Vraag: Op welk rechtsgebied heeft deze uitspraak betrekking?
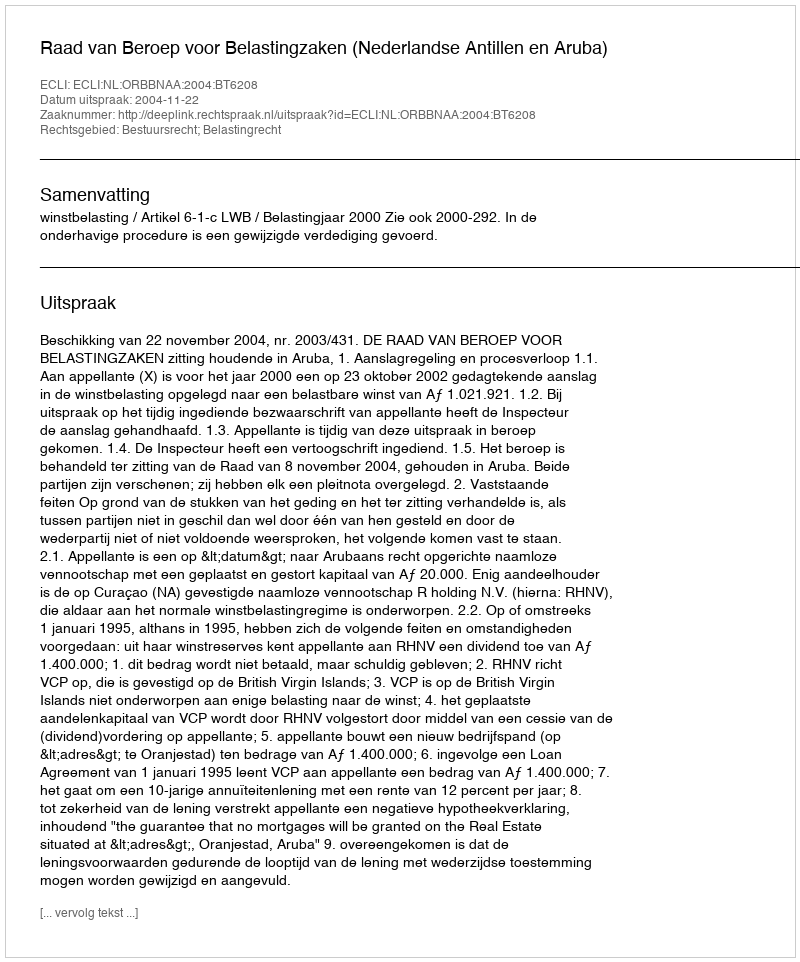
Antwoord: Bestuursrecht; Belastingrecht